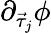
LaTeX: \partial_{\vec{\tau}_{j}}\phi